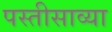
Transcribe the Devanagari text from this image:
पस्तीसाव्या